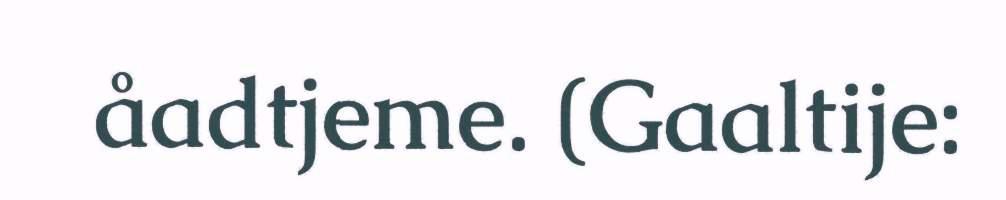
åadtjeme. (Gaaltije: